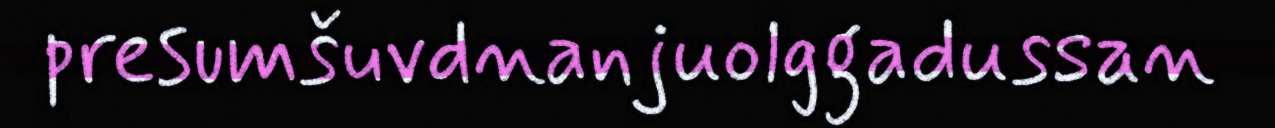
presumšuvdnanjuolggadussan